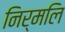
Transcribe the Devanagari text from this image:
निर्मलि